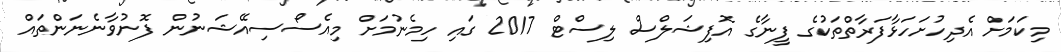
މިކަމަށް އެދިހުށަހަޅާފަރާތްތަކުގެ ފީނާގެ އޮފިޝަލްސް ލިސްޓް 2017 ގައި ހިމެނުމަށް މިއެސޯސިއޭޝަނުން ފޮނުވާނެނަންތައް